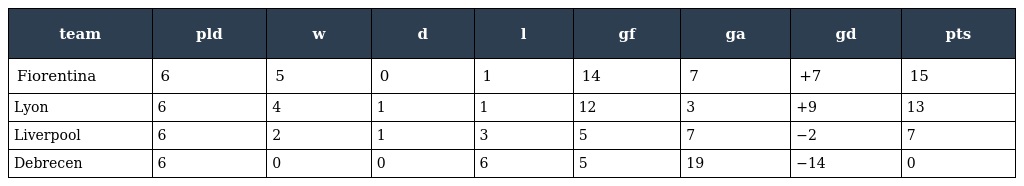
| team | pld | w | d | l | gf | ga | gd | pts |
 | --- | --- | --- | --- | --- | --- | --- | --- | --- |
 | Fiorentina | 6 | 5 | 0 | 1 | 14 | 7 | +7 | 15 |
 | Lyon | 6 | 4 | 1 | 1 | 12 | 3 | +9 | 13 |
 | Liverpool | 6 | 2 | 1 | 3 | 5 | 7 | −2 | 7 |
 | Debrecen | 6 | 0 | 0 | 6 | 5 | 19 | −14 | 0 |